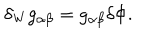
\delta _ { \mathrm { W } } g _ { \alpha \beta } = g _ { \alpha \beta } \delta \Phi .